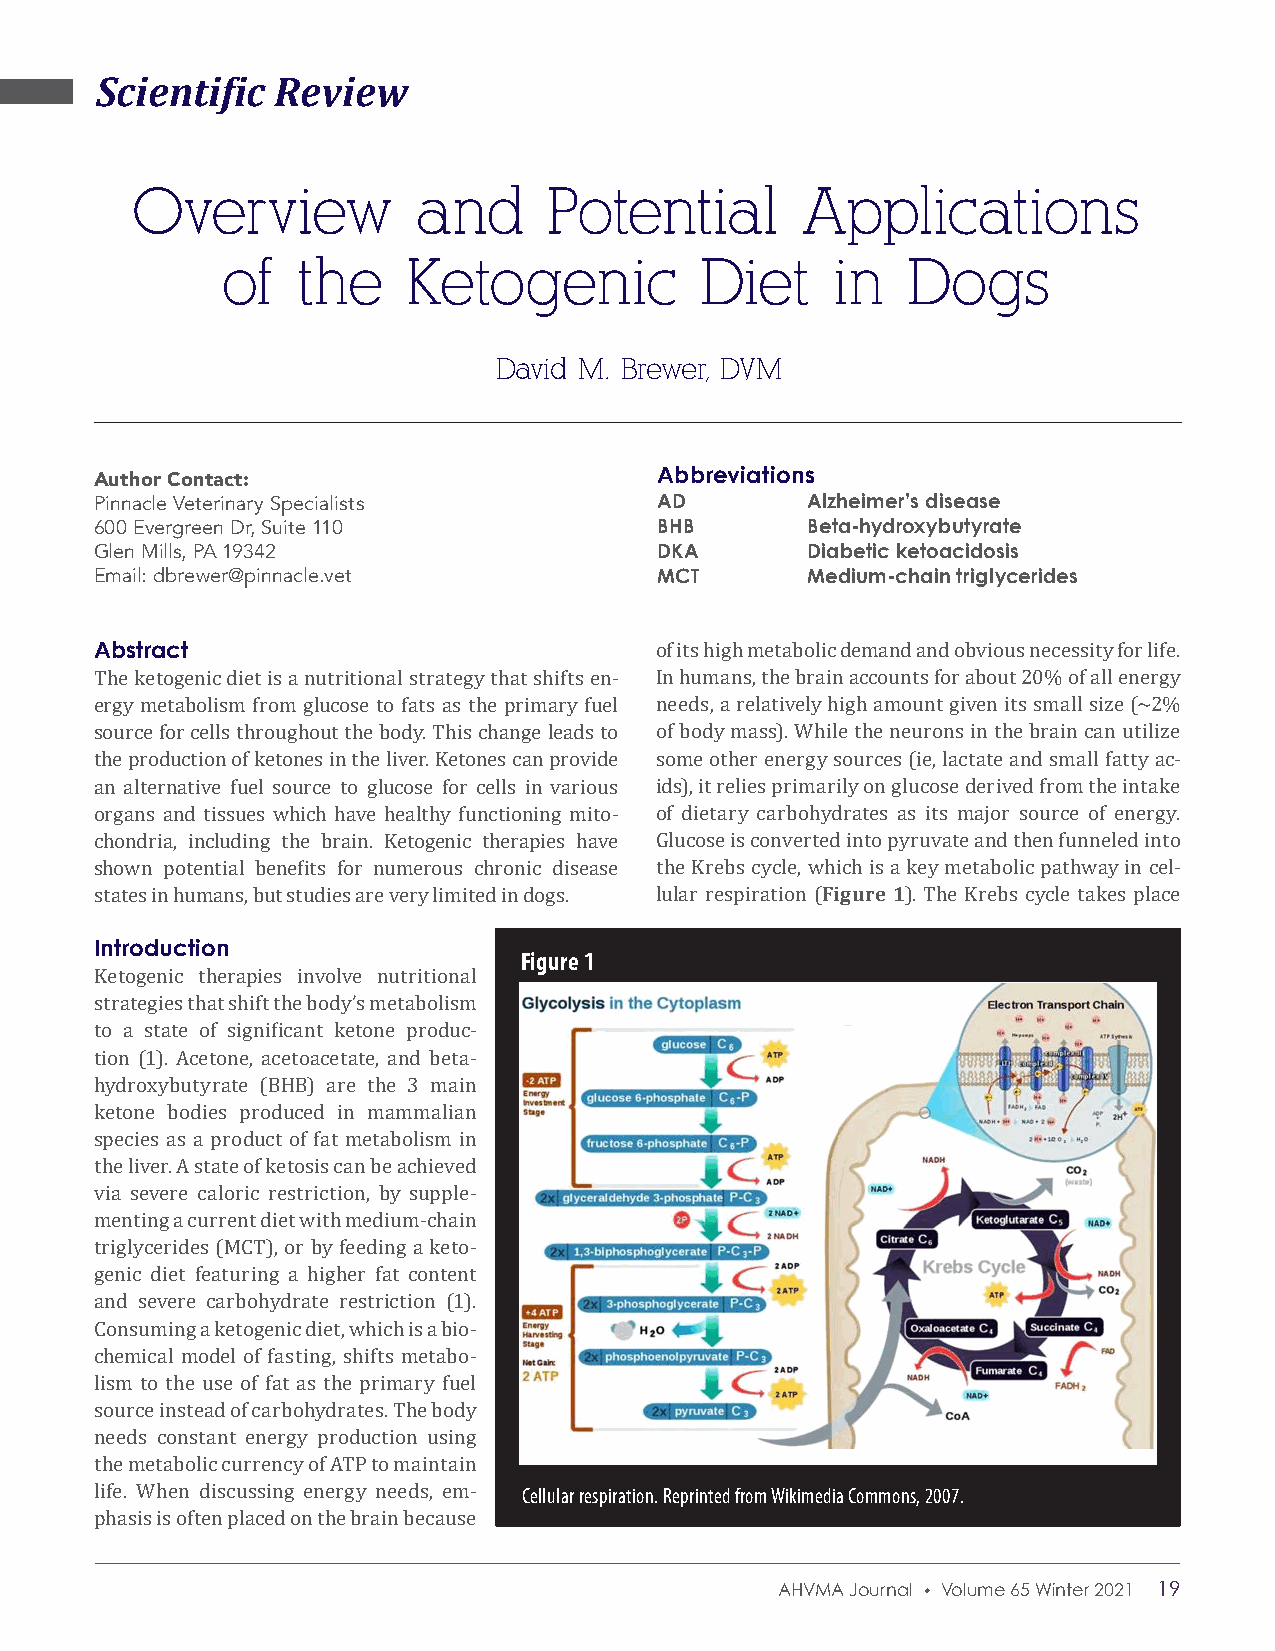
Scientific  Review
 Overview          and      Potential        Applications
 of   the    Ketogenic          Diet     in   Dogs
 David M. Brewer, DVM
 Abbreviations
 Author Contact:
 Pinnacle Veterinary Specialists      AD        Alzheimer’s disease
 600 Evergreen Dr, Suite 110          BHB       Beta-hydroxybutyrate
 Glen Mills, PA 19342                 DKA       Diabetic ketoacidosis
 Email: dbrewer@pinnacle.vet          MCT       Medium-chain triglycerides
 Abstract
 of its high metabolic demand and obvious necessity for life.
 The ketogenic diet is a nutritional strategy that shifts en- In humans, the brain accounts for about 20% of all energy
 ergy metabolism from glucose to fats as the primary fuel needs, a relatively high amount given its small size (~2%
 source for cells throughout the body. This change leads to of body mass). While the neurons in the brain can utilize
 the production of ketones in the liver. Ketones can provide some other energy sources (ie, lactate and small fatty ac-
 an alternative fuel source to glucose for cells in various ids), it relies primarily on glucose derived from the intake
 organs and tissues which have healthy functioning mito- of dietary carbohydrates as its major source of energy.
 chondria, including the brain. Ketogenic therapies have Glucose is converted into pyruvate and then funneled into
 Figure 1
 shown potential benefits for numerous chronic disease the Krebs cycle, which is a key metabolic pathway in cel-
 Isntattreosd inu hcutimoanns, but studies are very limited in dogs. lular respiration ( ). The Krebs cycle takes place
 Figure 1
 Ketogenic therapies involve nutritional
 strategies that shift the body’s metabolism
 to a state of significant ketone produc-
 tion (1). Acetone, acetoacetate, and beta-
 hydroxybutyrate (BHB) are the 3 main
 ketone bodies produced in mammalian
 species as a product of fat metabolism in
 the liver. A state of ketosis can be achieved
 via severe caloric restriction, by supple-
 menting a current diet with medium-chain
 triglycerides (MCT), or by feeding a keto-
 genic diet featuring a higher fat content
 and severe carbohydrate restriction (1).
 Consuming a ketogenic diet, which is a bio-
 chemical model of fasting, shifts metabo-
 lism to the use of fat as the primary fuel
 source instead of carbohydrates. The body
 needs constant energy production using
 Cellular respiration. Reprinted from Wikimedia Commons, 2007.
 the metabolic currency of ATP to maintain
 life. When discussing energy needs, em-
 phasis is often placed on the brain because
 AHVMA Journal • Volume 65 Winter 2021 19